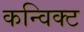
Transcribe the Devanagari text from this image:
कन्विक्ट